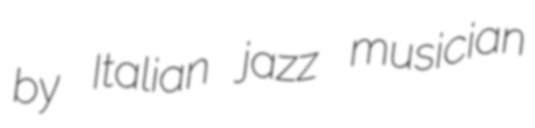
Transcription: by Italian jazz musician